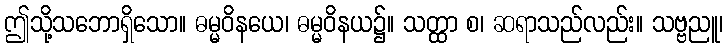
ဤသို့သဘောရှိသော။ ဓမ္မဝိနယေ၊ ဓမ္မဝိနယ၌။ သတ္ထာ စ၊ ဆရာသည်လည်း။ သဗ္ဗညူ၊